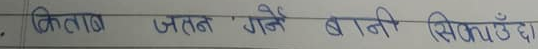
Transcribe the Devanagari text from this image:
किताब जतन गर्ने बानी सिकाउँछ।